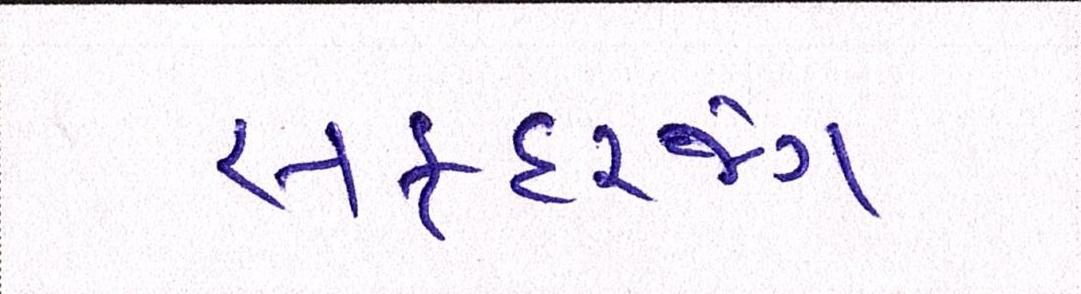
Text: સફદરજંગ